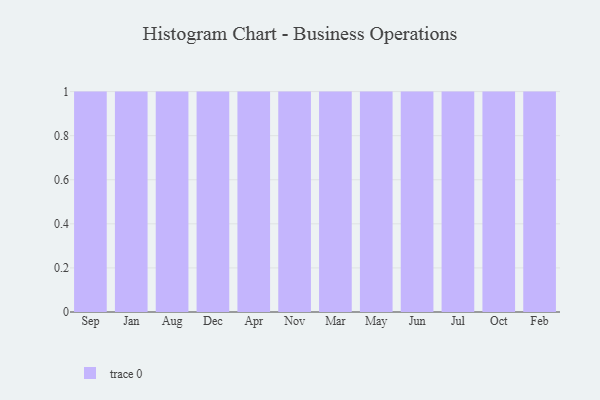
{"axis": {"x": "Month", "y": "Humidity (%)"}, "legend": [""], "data": [{"x": "Sep", "y": 74, "type": ""}, {"x": "Jan", "y": 52, "type": ""}, {"x": "Aug", "y": 15, "type": ""}, {"x": "Dec", "y": 27, "type": ""}, {"x": "Apr", "y": 92, "type": ""}, {"x": "Nov", "y": 24, "type": ""}, {"x": "Mar", "y": 23, "type": ""}, {"x": "May", "y": 84, "type": ""}, {"x": "Jun", "y": 96, "type": ""}, {"x": "Jul", "y": 97, "type": ""}, {"x": "Oct", "y": 51, "type": ""}, {"x": "Feb", "y": 36, "type": ""}]}